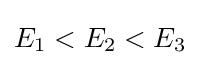
E_{1}<E_{2}<E_{3}